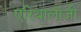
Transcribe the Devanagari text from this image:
एरिथालॉजी